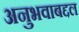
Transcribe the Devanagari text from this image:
अनुभवाबद्दल